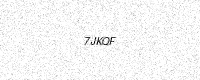
Text: 7JKQF